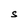
Character: S